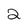
Character: 2